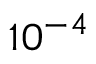
1 0 ^ { - 4 }